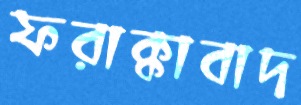
ফরাক্কাবাদ